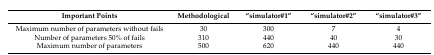
<table><thead><tr><td><b>Important Points</b></td><td><b>Methodological</b></td><td><b>“simulator#1”</b></td><td><b>“simulator#2”</b></td><td><b>“simulator#3”</b></td></tr></thead><tbody><tr><td>Maximum number of parameters without fails</td><td>30</td><td>300</td><td>7</td><td>4</td></tr><tr><td>Number of parameters 50% of fails</td><td>310</td><td>440</td><td>40</td><td>30</td></tr><tr><td>Maximum number of parameters</td><td>500</td><td>620</td><td>440</td><td>440</td></tr></tbody></table>